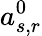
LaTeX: a_{s,r}^{0}